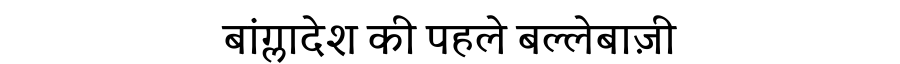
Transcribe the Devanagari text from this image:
बांग्लादेश की पहले बल्लेबाज़ी